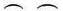
\frown \frown